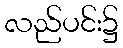
လည်ပင်း၌